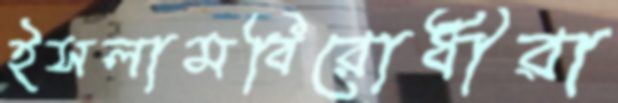
ইসলামবিরোধীরা